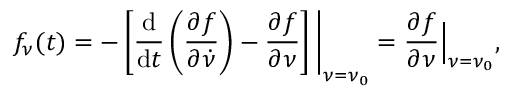
f _ { \nu } ( t ) = - \left[ \frac { \mathrm { d } } { \mathrm { d } t } \left( \frac { \partial f } { \partial \dot { \nu } } \right) - \frac { \partial f } { \partial \nu } \right] \Bigg \rvert _ { \nu = \nu _ { 0 } } = \frac { \partial f } { \partial \nu } \Big \rvert _ { \nu = \nu _ { 0 } } ,